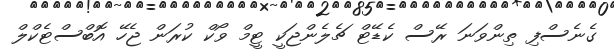
ގެނެސްފި ތިންވަނަ ރޭސް ކެޑޭޓް ޗެލެންޖަކީ ޓީމް ވޯކް ކުރަން ޖެހޭ އޮބްސްޓެކްލް